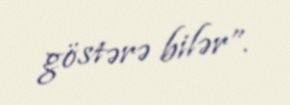
göstərə bilər”.